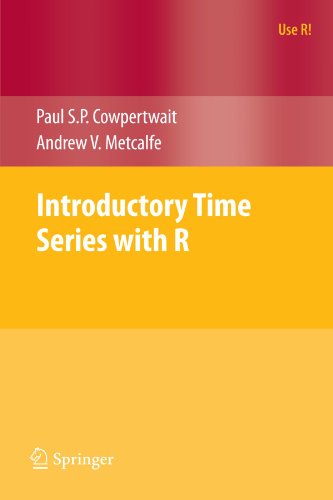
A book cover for Introductory Time Series with R (Use R!); Paul S.P. Cowpertwait; Computers & Technology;